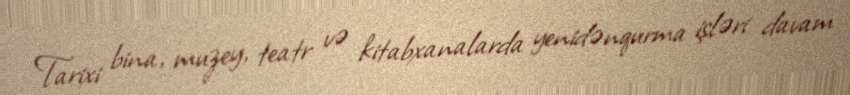
Tarixi bina, muzey, teatr və kitabxanalarda yenidənqurma işləri davam